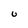
Character: U